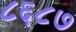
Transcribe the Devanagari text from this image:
८६८७